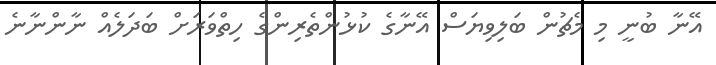
އޭނާ ބުނީ މި މެޗުން ބަލިވިޔަސް އޭނާގެ ކުޅުންތެރިންގެ ހިތްވަރަށް ބަދަލެއް ނާންނާނެ